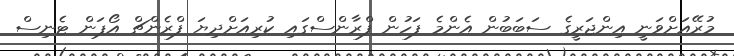
މުރޭއަށްވަނީ އިންޖަރީގެ ސަބަބުން އެންމެ ފަހުން ފްރާންސްގައި ކުރިއަށްދިޔަ ފްރެންޗް އޯޕަން ޓެނިސް